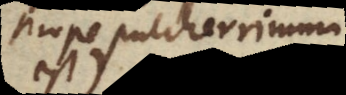
prope pulcherrimum